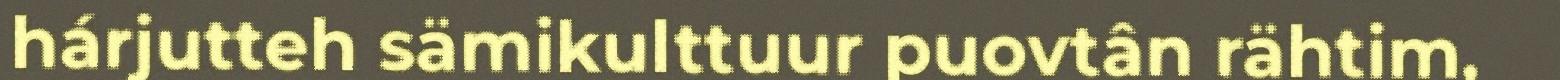
hárjutteh sämikulttuur puovtân rähtim,